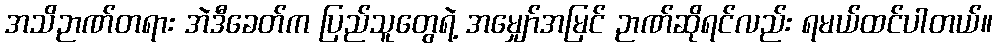
အသိဉာဏ်တရား အဲဒီခေတ်က ပြည်သူတွေရဲ့ အမျှော်အမြင် ဉာဏ်ဆိုရင်လည်း ရမယ်ထင်ပါတယ်။